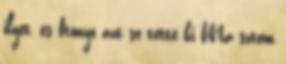
ilyet, és ftonyo azt se tette ki Ma sztem